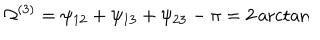
LaTeX: \Omega ^ { ( 3 ) } = \psi _ { 1 2 } + \psi _ { 1 3 } + \psi _ { 2 3 } - \pi = 2 \operatorname { a r c t a n }